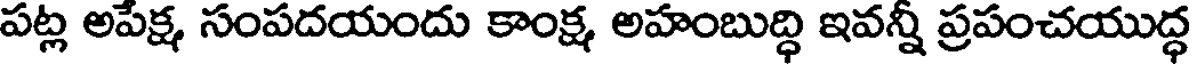
పట్ల అపేక్ష సంపదయందు కాంక్ష అహంబుద్ధి ఇవన్నీ ప్రపంచయుద్ధ